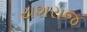
યશરાજ